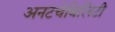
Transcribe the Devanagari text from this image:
अनटचेबिलिटी